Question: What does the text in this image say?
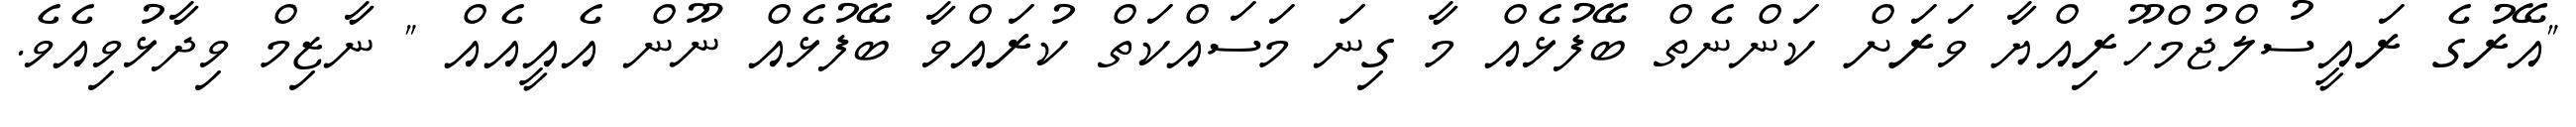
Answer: "އޭރުގެ ރައީސުލްޖުމްހޫރިއްޔާ ވަރަށް ކަންނެތް ބޭފުޅެއް މާ ގިނަ މަސައްކަތް ކުރައްވާ ބޭފުޅެއް ނޫން އެއީއެއް " ނާޒިމް ވިދާޅުވިއެވެ.